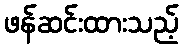
ဖန်ဆင်းထားသည့်